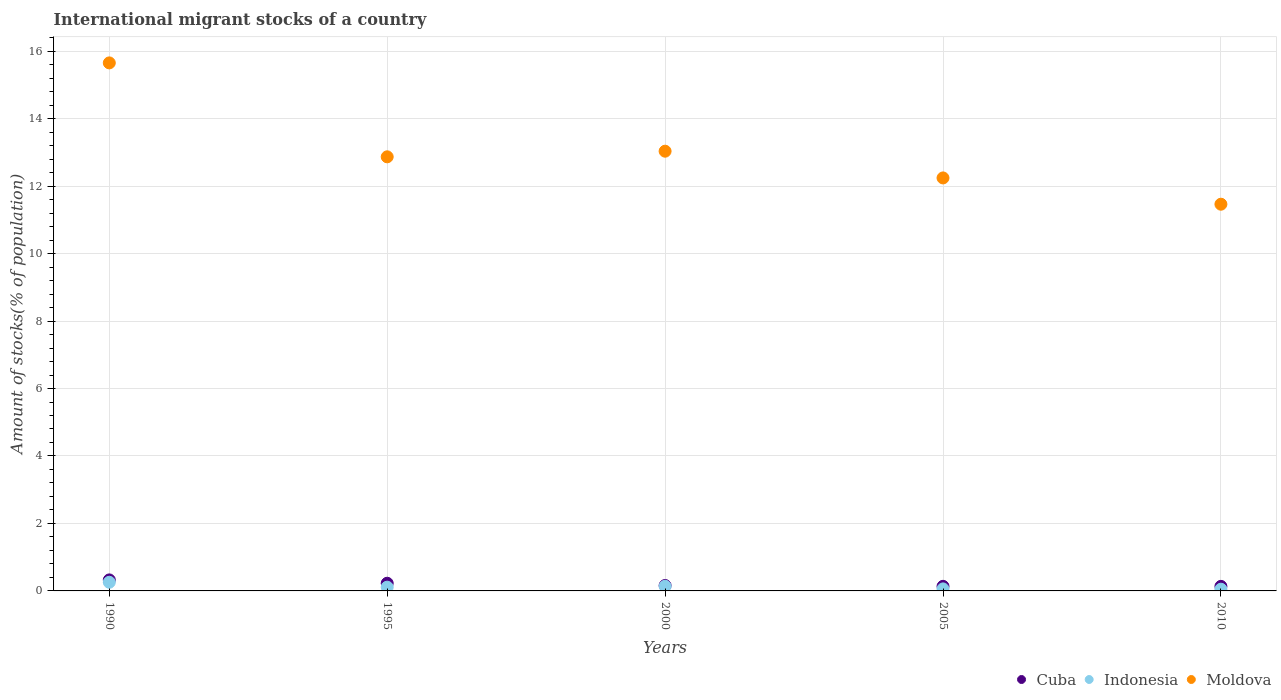
| Years | Cuba | Indonesia | Moldova |
 | --- | --- | --- | --- |
 | 1990 | 0.327 | 0.257 | 15.7 |
 | 1995 | 0.228 | 0.111 | 12.9 |
 | 2000 | 0.16 | 0.138 | 13 |
 | 2005 | 0.136 | 0.0599 | 12.2 |
 | 2010 | 0.135 | 0.0509 | 11.5 |